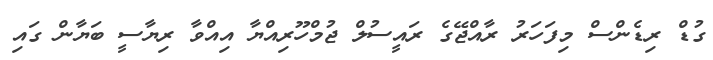
ގުޑް ރިޑެންސް މިފަހަރު ރާއްޖޭގެ ރައީސުލް ޖުމްހޫރިއްޔާ އިއްވާ ރިޔާސީ ބަޔާން ގައި